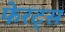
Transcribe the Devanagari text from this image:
फेरट्स